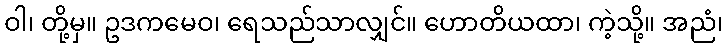
ဝါ၊ တို့မှ။ ဥဒကမေဝ၊ ရေသည်သာလျှင်။ ဟောတိယထာ၊ ကဲ့သို့။ အညံ၊